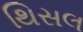
થિસલ